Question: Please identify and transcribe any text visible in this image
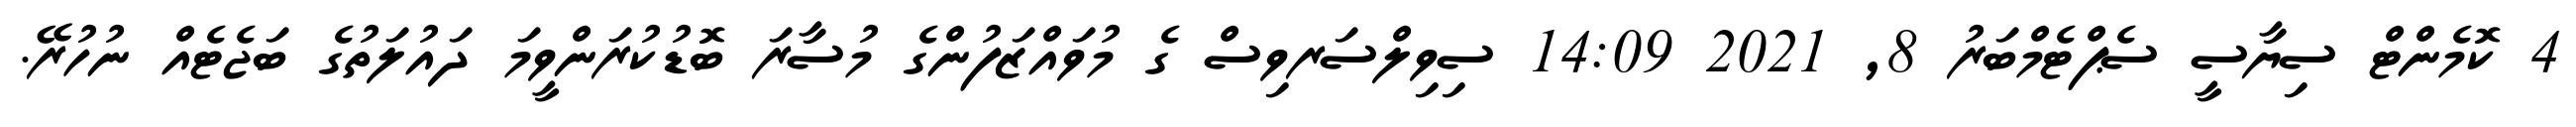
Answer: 4 ކޮމެންޓް ސިޔާސީ ސެޕްޓެމްބަރު 8, 2021 14:09 ސިވިލްސަރވިސް ގެ މުވައްޒަފުންގެ މުސާރަ ބޮޑުކުރަންވީމަ ދައުލަތުގެ ބަޖެޓެއް ނުހުރޭ.